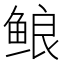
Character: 鿶